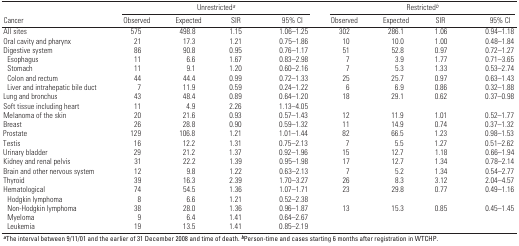
<table><thead><tr><td rowspan="2"><b>Cancer</b></td><td colspan="4"><b>Unrestricted<sup><i>a</i></sup></b></td><td colspan="4"><b>Restricted<sup><i>b</i></sup></b></td></tr><tr><td><b>Observed</b></td><td><b>Expected</b></td><td><b>SIR</b></td><td><b>95% CI</b></td><td><b>Observed</b></td><td><b>Expected</b></td><td><b>SIR</b></td><td><b>95% CI</b></td></tr></thead><tbody><tr><td><b>All sites</b></td><td>575</td><td>498.8</td><td>1.15</td><td>1.06–1.25</td><td>302</td><td>286.1</td><td>1.06</td><td>0.94–1.18</td></tr><tr><td><b>Oral cavity and pharynx</b></td><td>21</td><td>17.3</td><td>1.21</td><td>0.75–1.86</td><td>10</td><td>10.0</td><td>1.00</td><td>0.48–1.84</td></tr><tr><td><b>Digestive system</b></td><td>86</td><td>90.8</td><td>0.95</td><td>0.76–1.17</td><td>51</td><td>52.8</td><td>0.97</td><td>0.72–1.27</td></tr><tr><td><b>Esophagus</b></td><td>11</td><td>6.6</td><td>1.67</td><td>0.83–2.98</td><td>7</td><td>3.9</td><td>1.77</td><td>0.71–3.65</td></tr><tr><td><b>Stomach</b></td><td>11</td><td>9.1</td><td>1.20</td><td>0.60–2.16</td><td>7</td><td>5.3</td><td>1.33</td><td>0.53–2.74</td></tr><tr><td><b>Colon and rectum</b></td><td>44</td><td>44.4</td><td>0.99</td><td>0.72–1.33</td><td>25</td><td>25.7</td><td>0.97</td><td>0.63–1.43</td></tr><tr><td><b>Liver and intrahepatic bile duct</b></td><td>7</td><td>11.9</td><td>0.59</td><td>0.24–1.22</td><td>6</td><td>6.9</td><td>0.86</td><td>0.32–1.88</td></tr><tr><td><b>Lung and bronchus</b></td><td>43</td><td>48.4</td><td>0.89</td><td>0.64–1.20</td><td>18</td><td>29.1</td><td>0.62</td><td>0.37–0.98</td></tr><tr><td><b>Soft tissue including heart</b></td><td>11</td><td>4.9</td><td>2.26</td><td>1.13–4.05</td><td></td><td></td><td></td><td></td></tr><tr><td><b>Melanoma of the skin</b></td><td>20</td><td>21.6</td><td>0.93</td><td>0.57–1.43</td><td>12</td><td>11.9</td><td>1.01</td><td>0.52–1.77</td></tr><tr><td><b>Breast</b></td><td>26</td><td>28.8</td><td>0.90</td><td>0.59–1.32</td><td>11</td><td>14.9</td><td>0.74</td><td>0.37–1.32</td></tr><tr><td><b>Prostate</b></td><td>129</td><td>106.8</td><td>1.21</td><td>1.01–1.44</td><td>82</td><td>66.5</td><td>1.23</td><td>0.98–1.53</td></tr><tr><td><b>Testis</b></td><td>16</td><td>12.2</td><td>1.31</td><td>0.75–2.13</td><td>7</td><td>5.5</td><td>1.27</td><td>0.51–2.62</td></tr><tr><td><b>Urinary bladder</b></td><td>29</td><td>21.2</td><td>1.37</td><td>0.92–1.96</td><td>15</td><td>12.7</td><td>1.18</td><td>0.66–1.94</td></tr><tr><td><b>Kidney and renal pelvis</b></td><td>31</td><td>22.2</td><td>1.39</td><td>0.95–1.98</td><td>17</td><td>12.7</td><td>1.34</td><td>0.78–2.14</td></tr><tr><td><b>Brain and other nervous system</b></td><td>12</td><td>9.8</td><td>1.22</td><td>0.63–2.13</td><td>7</td><td>5.2</td><td>1.34</td><td>0.54–2.77</td></tr><tr><td><b>Thyroid</b></td><td>39</td><td>16.3</td><td>2.39</td><td>1.70–3.27</td><td>26</td><td>8.3</td><td>3.12</td><td>2.04–4.57</td></tr><tr><td><b>Hematological</b></td><td>74</td><td>54.5</td><td>1.36</td><td>1.07–1.71</td><td>23</td><td>29.8</td><td>0.77</td><td>0.49–1.16</td></tr><tr><td><b>Hodgkin lymphoma</b></td><td>8</td><td>6.6</td><td>1.21</td><td>0.52–2.38</td></tr><tr><td><b>Non-Hodgkin lymphoma</b></td><td>38</td><td>28.0</td><td>1.36</td><td>0.96–1.87</td><td>13</td><td>15.3</td><td>0.85</td><td>0.45–1.45</td></tr><tr><td><b>Myeloma</b></td><td>9</td><td>6.4</td><td>1.41</td><td>0.64–2.67</td></tr><tr><td><b>Leukemia</b></td><td>19</td><td>13.5</td><td>1.41</td><td>0.85–2.19</td></tr><tr><td colspan="9"><sup><i><b>a</b></i></sup>The interval between 9/11/01 and the earlier of 31 December 2008 and time of death.<sup><i><b>b</b></i></sup>Person-time and cases starting 6 months after registration in WTCHP.</td></tr></tbody></table>